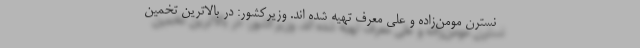
نسترن مومن‌زاده و علی معرف تهیه شده اند. وزیرکشور: در بالاترین تخمین